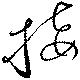
接